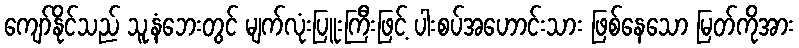
ကျော်နိုင်သည် သူ့နံဘေးတွင် မျက်လုံးပြူးကြီးဖြင့် ပါးစပ်အဟောင်းသား ဖြစ်နေသော မြတ်ကိုအား